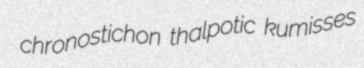
chronostichon thalpotic kumisses